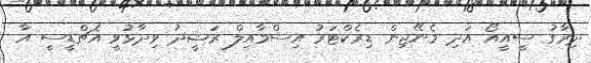
ދިރާގު ސީއީއޯ އަދި މެނޭޖިން ޑިރެކްޓަރު އިސްމާއިލް ރަޝީދު ވިދާޅުވީ އެޗްޑީސީ އާ